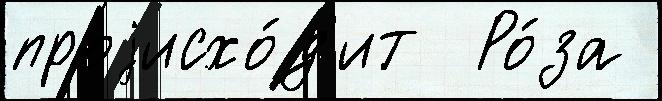
проjисхо́д'ит  Ро́за